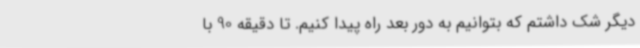
دیگر شک داشتم که بتوانیم به دور بعد راه پیدا کنیم. تا دقیقه 90 با